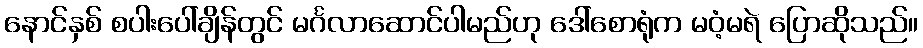
နောင်နှစ် စပါးပေါ်ချိန်တွင် မင်္ဂလာဆောင်ပါမည်ဟု ဒေါ်စောရုံက မဝံ့မရဲ ပြောဆိုသည်။